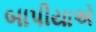
બાપીયાએ